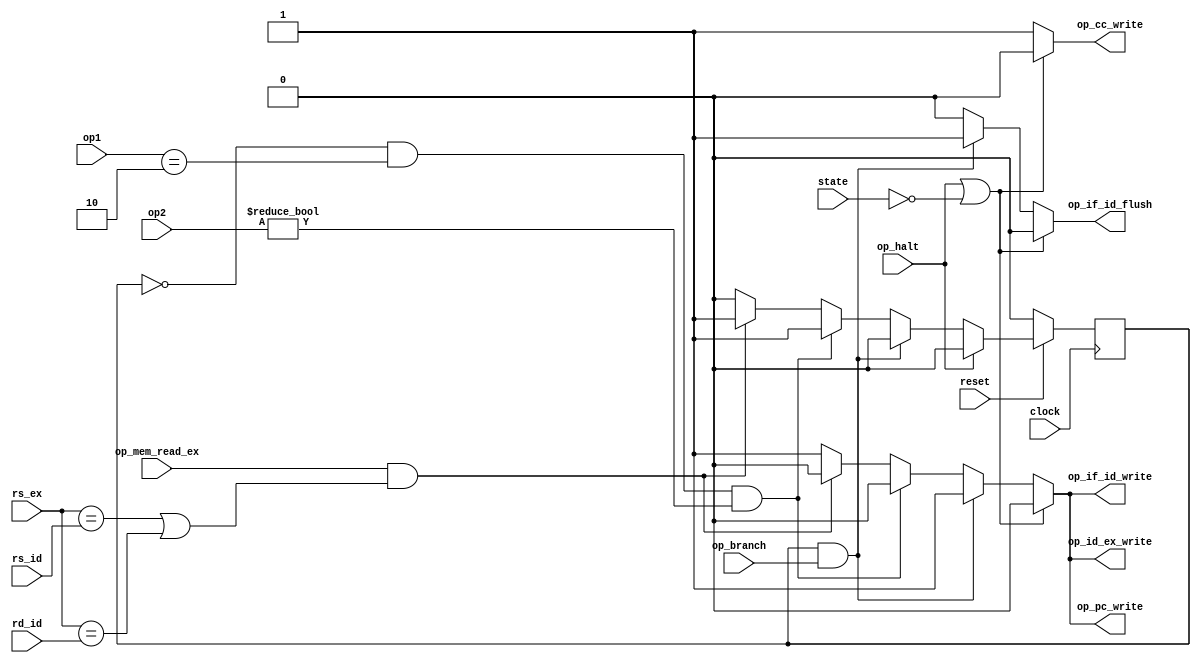
module hazard_unit(
  input clock,
  input reset,
  input state,
  input [1:0] op1,
  input [2:0] op2,
  input op_mem_read_ex,
  input op_branch,
  input op_halt,
  input [2:0] rs_id,rd_id,
  input [2:0] rs_ex,

  output reg op_pc_write,
  output reg op_if_id_write,
  output reg op_id_ex_write,
  output reg op_if_id_flush,
  output reg op_cc_write);

reg stall;

always @(posedge clock) begin
  if(reset == 1'b0) begin
    stall <= 1'b0;
  end
  else if(op_halt == 1'b1) begin
    stall <= 1'b0;
  end
  else if(stall == 1'b1 && op_branch == 1'b1) begin
    stall <= 1'b0;
  end
  else if (stall == 1'b0 && op1 == 2'b10 && op2 != 3'b000) begin
    stall <= 1'b1;
  end
  else if(op_mem_read_ex == 1'b1 && (rs_ex == rs_id || rs_ex == rd_id)) begin
    stall <= 1'b1;
  end
  else begin
    stall <= 1'b0;
  end
end

always @* begin
  if(op_halt == 1'b1||state == 1'b0) begin
    op_pc_write = 1'b0;
    op_if_id_write = 1'b0;
    op_id_ex_write = 1'b0;
    op_if_id_flush = 1'b0;
    op_cc_write = 1'b0;
  end
  else if(stall == 1'b1 && op_branch == 1'b1) begin
    op_pc_write = 1'b1;
    op_if_id_write = 1'b1;
    op_id_ex_write = 1'b1;
    op_if_id_flush = 1'b1;
    op_cc_write = 1'b1;
  end
  else if (stall == 1'b0 && op1 == 2'b10 && op2 != 3'b000) begin
    op_pc_write = 1'b0;
    op_if_id_write = 1'b0;
    op_id_ex_write = 1'b0;
    op_if_id_flush = 1'b0;
    op_cc_write = 1'b1;
  end
  else if(op_mem_read_ex == 1'b1 && (rs_ex == rs_id || rs_ex == rd_id)) begin
    op_pc_write = 1'b0;
    op_if_id_write = 1'b0;
    op_id_ex_write = 1'b0;
    op_if_id_flush = 1'b0;
    op_cc_write = 1'b1;
  end
  else begin
    op_pc_write = 1'b1;
    op_if_id_write = 1'b1;
    op_id_ex_write = 1'b1;
    op_if_id_flush = 1'b0;
    op_cc_write = 1'b1;
  end
end



endmodule